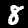
Label: 8